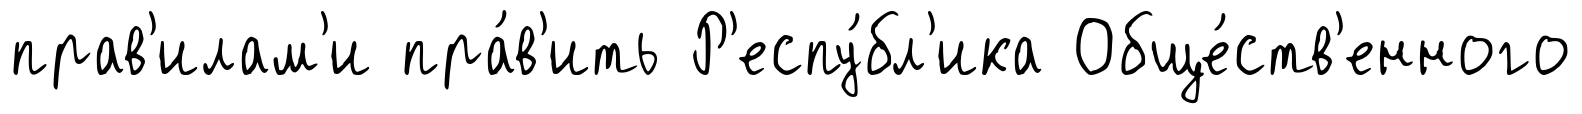
прав'илам'и пра́в'ить Р'еспу́бл'ика Обще́ств'енного